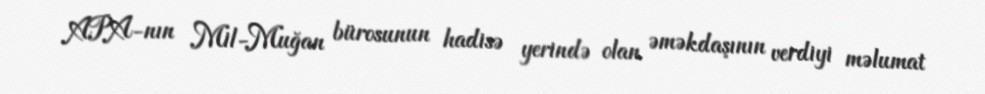
APA-nın Mil-Muğan bürosunun hadisə yerində olan əməkdaşının verdiyi məlumat